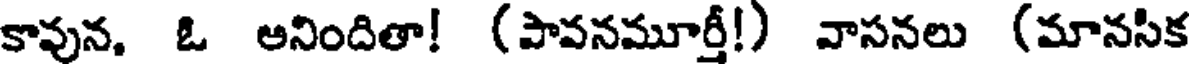
కావున, ఓ అనిందితా! (పావనమూర్తీ!) వాసనలు (మానసిక